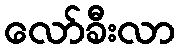
လော်ခီးလာ